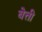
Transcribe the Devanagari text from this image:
बेत्ती